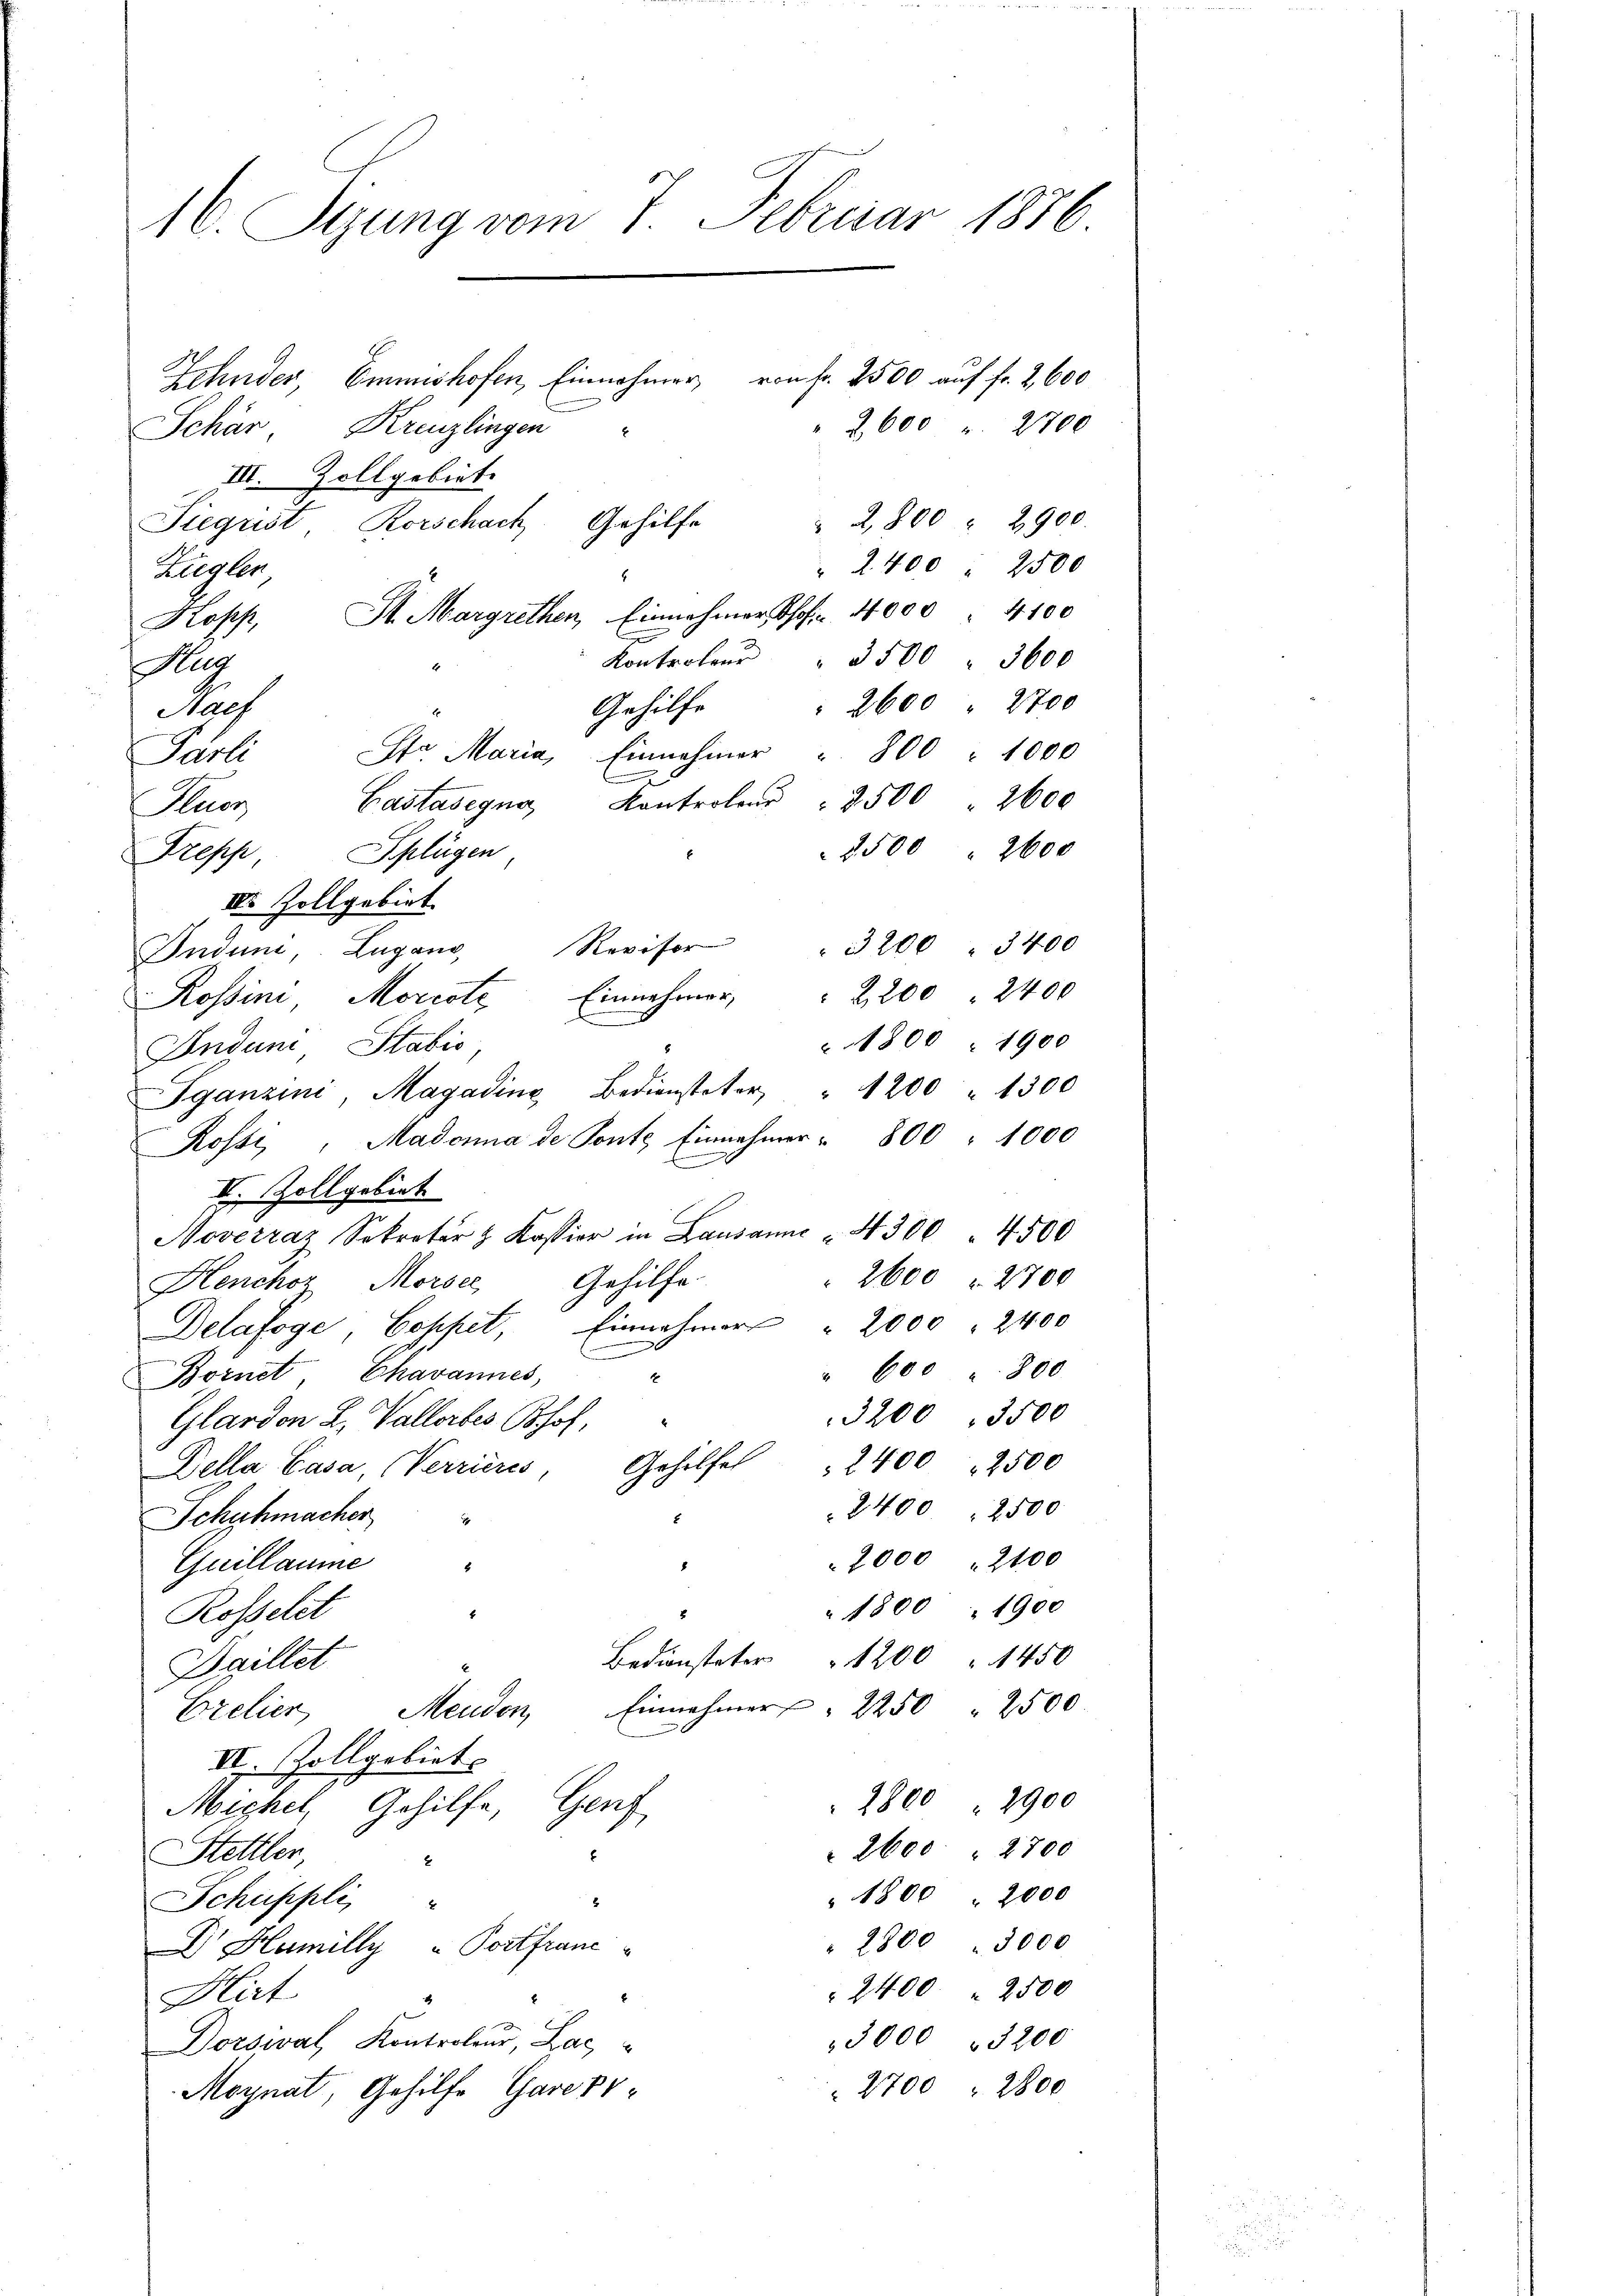
16. Stung vom 7. Februar 1876.

Zehnder, Emmshofen, Einnahmer von fr. 2500 auf fr. 2, 600
" 2600 " 2700
Schär Kreuzlingen
III. Zollgebiet.
2,800 2900.
Siegrist, Rorschach Gehilfe
" 2400 2500
Ziegler
Kopp, St. Margrethen, Einnahmer hof - 4000 " 4100
z
Kontroler " 3500 3600
Hug
 2600 2700
Gehilfe
Naef
Garli Str. Maria, Einnehmer " 800 " 1000
Kontrolon " 2500 2600
Castasegna
Pluer
2500 2600
IV. Zollgebiet
Revisor
3200. 3400
Indum. Lugano
Rossini, Morcote Einnehmer  2200 2400
1800 - 1900
Indun Stabić
Pganzini, Magadine Bediensteter " 1200 1300
Kosti, Madonna de Ponte Einnehmer " 800 " 1000
II. Zollgebiet
Noverraz Sekreter & Kassier in Lausanne " 4300 4500
2600 " 2700
Gehilfe
Henchor Morsee
Delafoge Coppet, Einnahmer " 2000 2400
E
" 600 " 800.
Bornet, Chavannes,
E
3200, 3500
Glardon L. Vallorbes Bhof,
Gehilfel
2400 2500
Della Casa, (Verrieres
2400 " 2500
Schuhmacher
2000 " 2100
Guillaume "
" 1800 " 1900
Rosselet
1200 " 1450
Bediensteter
Daillet
Erelier Menden Einnahmer  2250 2500.
VII. Zollgebiet
2800 " 2900
Michel, Gehilfe, Genf
2600 " 2700
Stettler,
1800 " 2000
Schüppli
 2800 " 3000
D Humilly - Postfranc
2400 " 2500
Hirt
3000 3200
Dorswal, Kontroleur, Lac
 2700 " 2800
Moynat, Gehilfe Garepr

Trepp Splügen